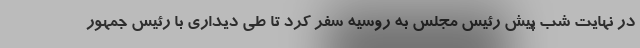
در نهایت شب پیش رئیس مجلس به روسیه سفر کرد تا طی دیداری با رئیس جمهور